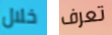
خلال تعرف